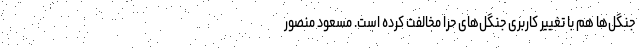
جنگل‌ها هم با تغییر کاربری جنگل‌های حرّا مخالفت کرده است. مسعود منصور